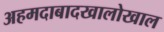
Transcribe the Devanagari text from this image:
अहमदाबादखालोखाल